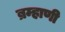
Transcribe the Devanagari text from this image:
ब्रम्हाणी